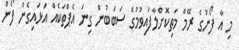
މި އާ ފޯނުގެ ރޭމް މަތިކޮށްލާފައިވުމުގެ ސަބަބުން ގިނަ އެޕްތަކެއް އަޅައިގެން ފޯން